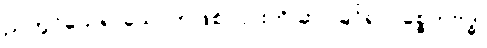
ညတွင်သေ၍ သောကဖြစ်၊ ၎င်းကို ဆင်ခြင်၍ ပစ္စေကဗုဒ္ဓါ